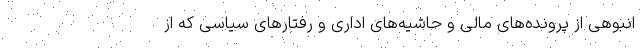
انبوهی از پرونده‌های مالی و حاشیه‌های اداری و رفتارهای سیاسی که از